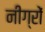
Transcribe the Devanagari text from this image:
नीग्रों